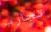
تجارب